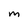
Character: m